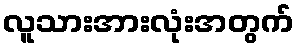
လူသားအားလုံးအတွက်